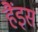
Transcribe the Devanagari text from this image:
हैंइस